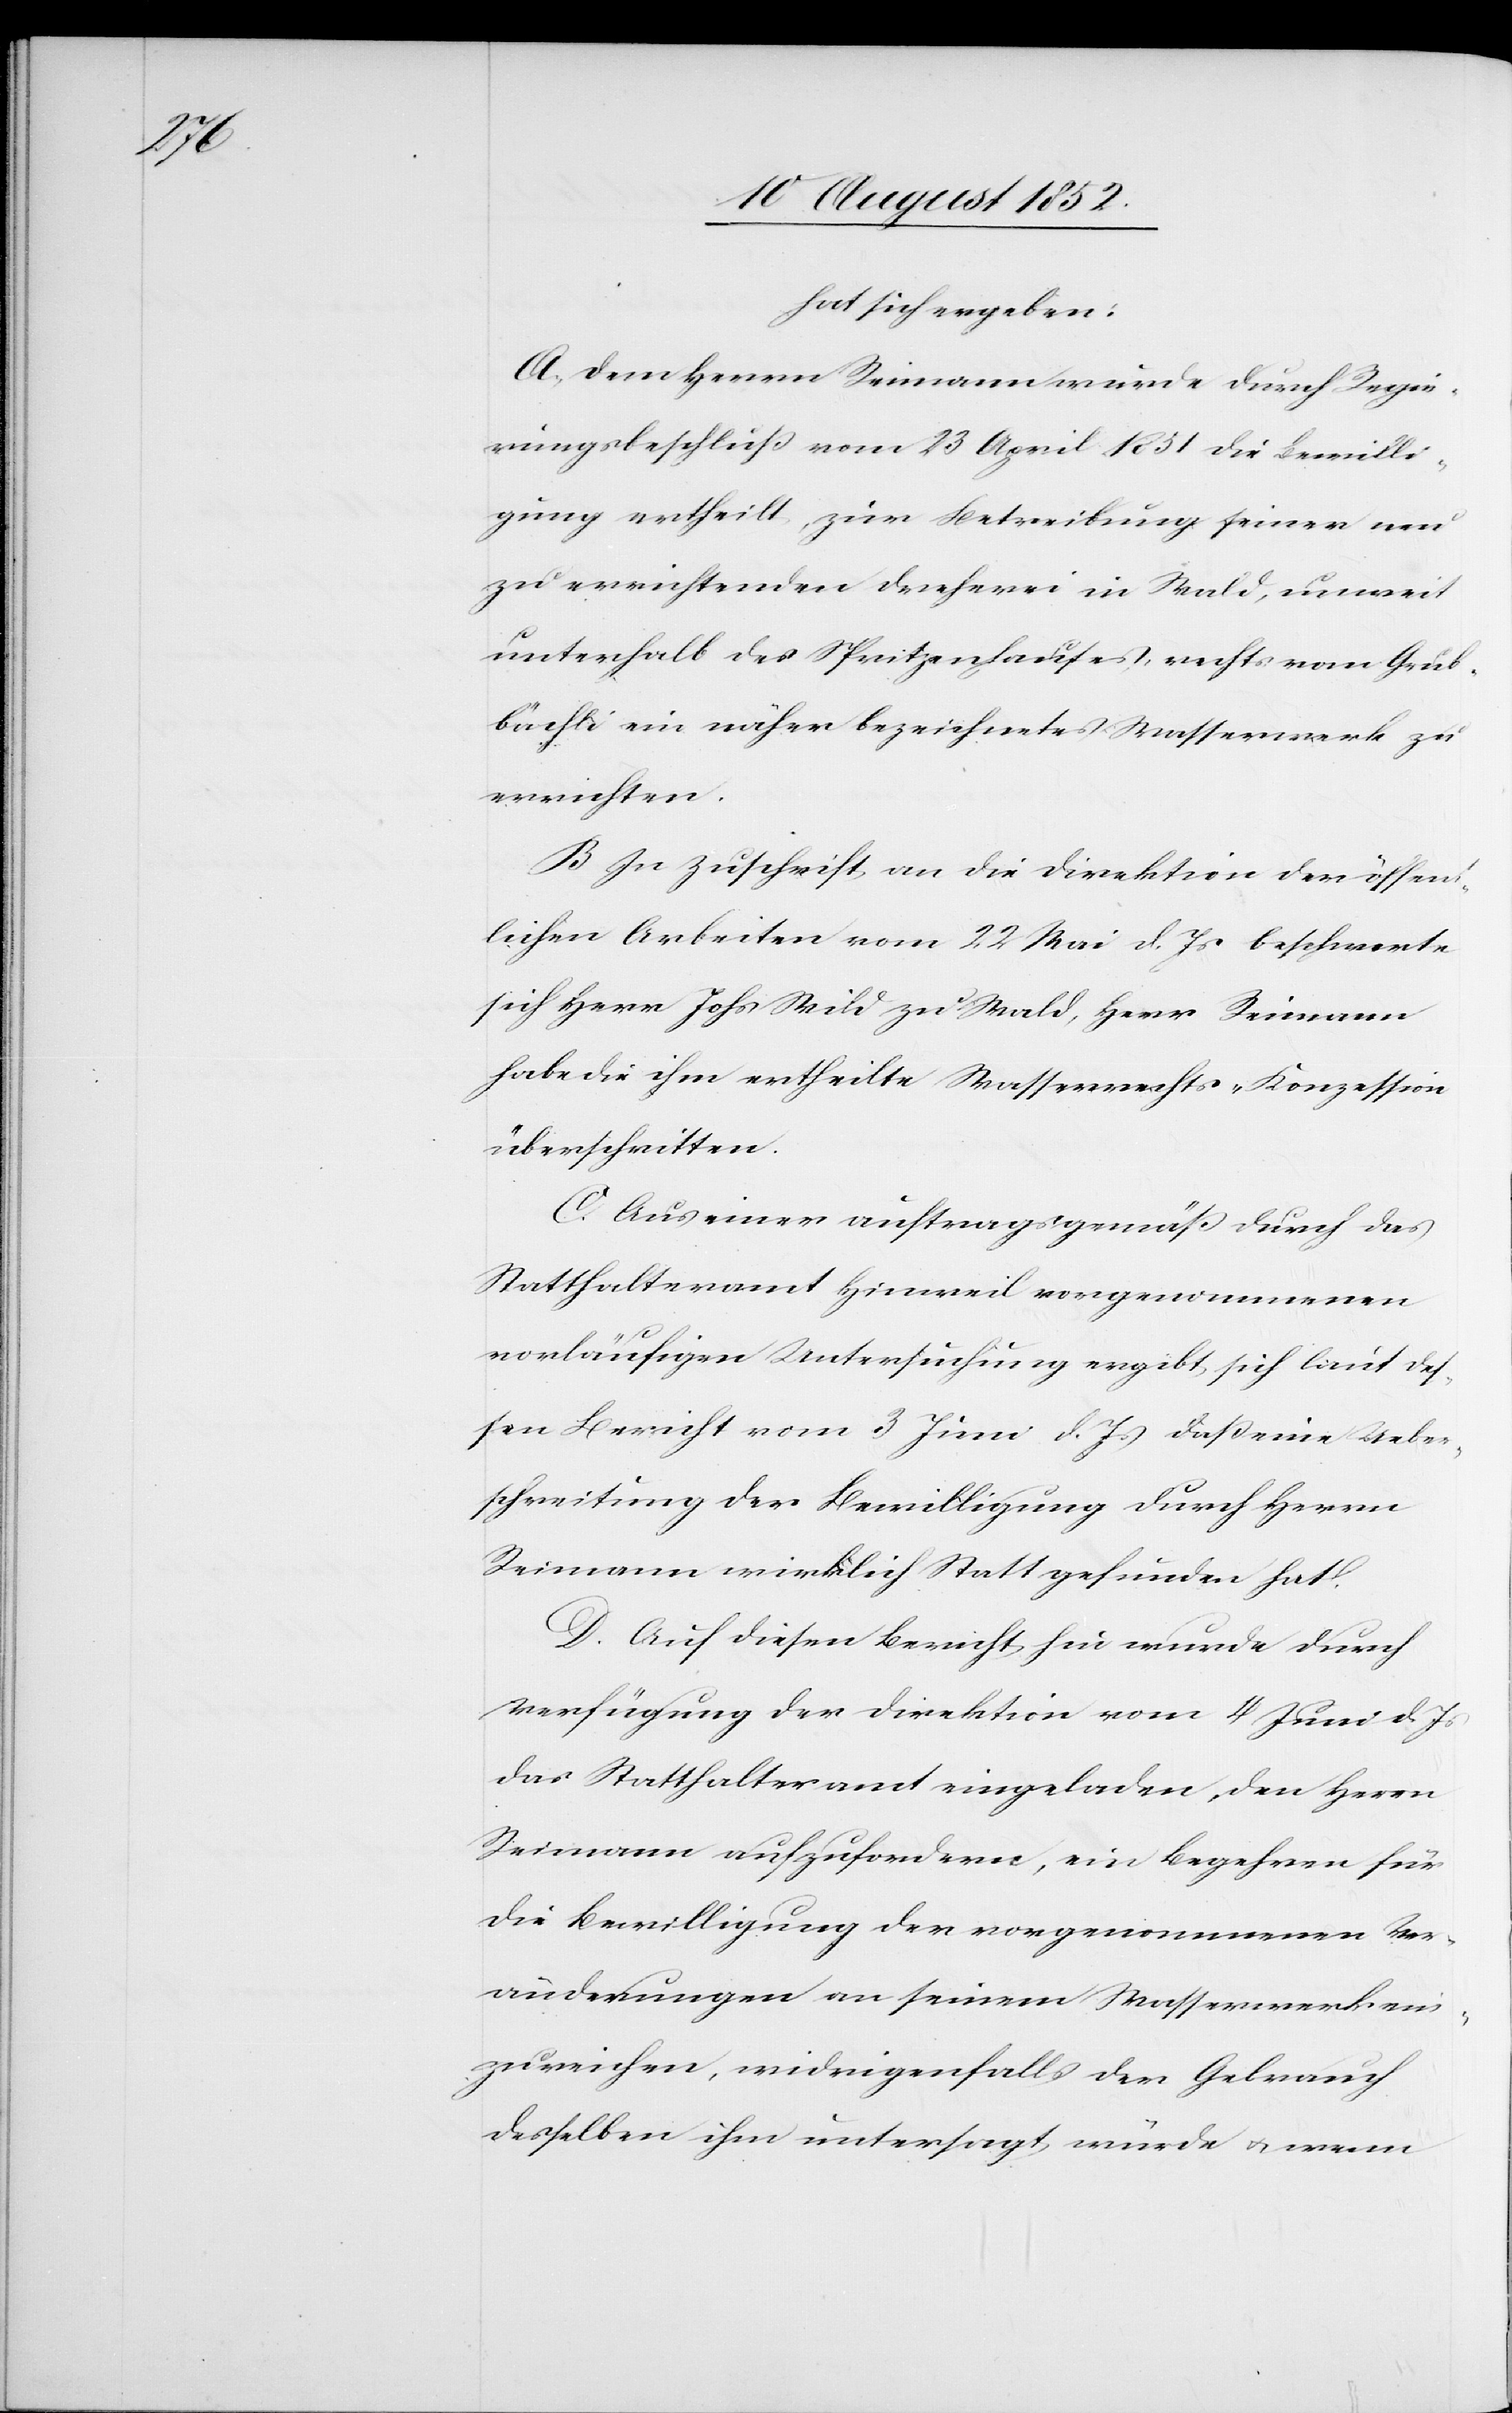
hat sich ergeben:
A, Dem Herrn Reimann wurde durch Regie¬
rungsbeschluß vom 23 April 1851 die Bewilli¬
gung ertheilt, zur Betreibung seiner neu
zu errichtenden Dreherei in Wald, unweit
unterhalb des Spritzenhauses, rechts vom Grub¬
bächli ein näher bezeichnetes Wasserwerk zu
errichten.
B In Zuschrift an die Direktion der öffent¬
lichen Arbeiten vom 22 Mai d. Js beschwerte
sich Herr Johs Wild zu Wald, Herr Reimann
habe die ihm ertheilte Wasserrechts-Konzession
überschritten.
C. Aus einer auftragsgemäß durch das
Statthalteramt Hinweil vorgenommenen
vorläufigen Untersuchung ergibt sich laut des¬
sen Bericht vom 3 Juni d. Js daß eine Ueber¬
schreitung der Bewilligung durch Herrn
Reimann wirklich Statt gefunden hat.
D. Auf diesen Bericht hin wurde durch
Verfügung der Direktion vom 4 Juni d. Js
das Statthalteramt eingeladen, den Herrn
Reimann aufzufordern, ein Begehren für
die Bewilligung der vorgenommenen Ver¬
änderungen an seinem Wasserwerk ein¬
zureichen, widrigenfalls der Gebrauch
desselben ihm untersagt würde & wenn